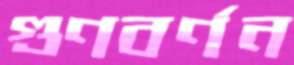
গুণবর্ণন